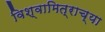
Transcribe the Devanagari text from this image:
विश्वामित्राच्या